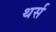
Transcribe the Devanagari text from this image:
थर्स